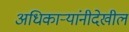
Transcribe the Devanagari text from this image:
अधिकाऱ्यांनीदेखील